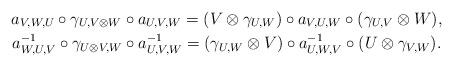
LaTeX: \begin{gather*}a_{V,W,U}\circ \gamma _{U,V\otimes W}\circ a_{U,V,W}=(V\otimes \gamma_{U,W})\circ a_{V,U,W}\circ (\gamma _{U,V}\otimes W), \\a_{W,U,V}^{-1}\circ \gamma _{U\otimes V,W}\circ a_{U,V,W}^{-1}=(\gamma_{U,W}\otimes V)\circ a_{U,W,V}^{-1}\circ (U\otimes \gamma _{V,W}).\end{gather*}